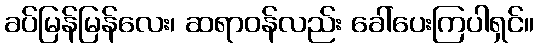
ခပ်မြန်မြန်လေး၊ ဆရာဝန်လည်း ခေါ်ပေးကြပါရှင်။